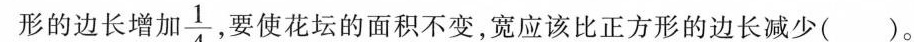
形的长比正方形的边长增加 \frac{1}{4}要使花坛的面积不变，宽应该比正方形的边长减少()。